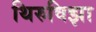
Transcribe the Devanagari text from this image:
थिरुविझा